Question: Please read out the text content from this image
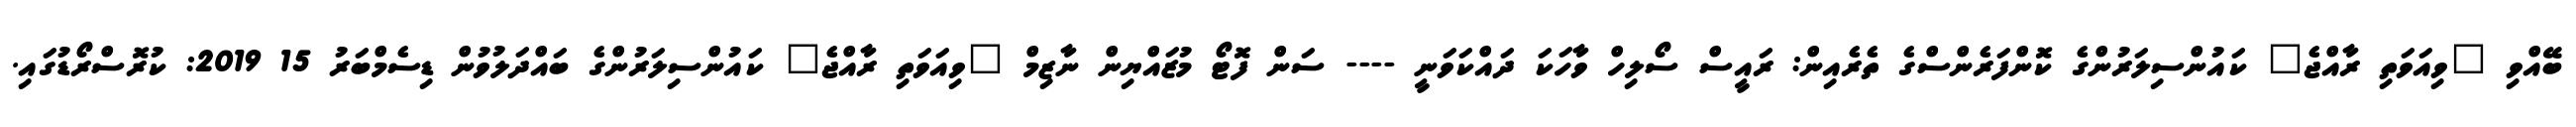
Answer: ބޭއްވި "ވިއަވަތި ރާއްޖެ" ކައުންސިލަރުންގެ ކޮންފަރެންސްގެ ތެރެއިން: ރައީސް ސޯލިހް ވާހަކަ ދައްކަވަނީ ---- ސަން ފޮޓޯ މުޒައްޔިން ނާޒިމް "ވިއަވަތި ރާއްޖެ" ކައުންސިލަރުންގެ ބައްދަލުވުން ޑިސެމްބަރު 15 2019: ކުރޮސްރޯޑުގައި.